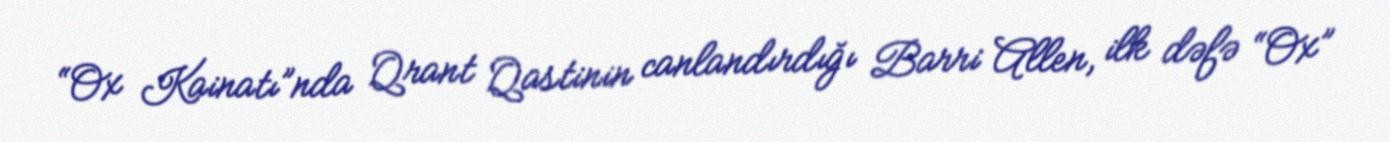
“Ox Kainatı”nda Qrant Qastinin canlandırdığı Barri Allen, ilk dəfə “Ox”